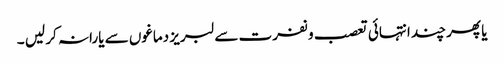
یا پھر چند انتہائی تعصب و نفرت سے لبریز دماغوں سے یارانہ کر لیں ۔